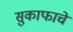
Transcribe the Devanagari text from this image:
सुकाफाचे